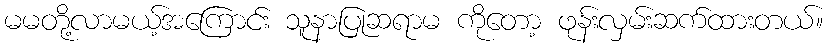
မမတို့လာမယ့်အကြောင်း သူနာပြုဆရာမ ကိုတော့ ဖုန်းလှမ်းဆက်ထားတယ်။